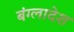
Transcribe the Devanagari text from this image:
बंग्‍लादेश